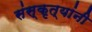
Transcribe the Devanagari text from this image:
संस्कृत्यांनी